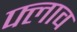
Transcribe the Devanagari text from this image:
फ्लाव